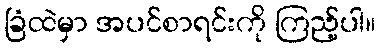
ခြံထဲမှာ အပင်စာရင်းကို ကြည့်ပါ။